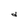
Character: d